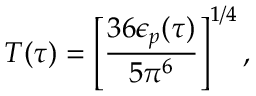
T ( \tau ) = \left[ { \frac { 3 6 \epsilon _ { p } ( \tau ) } { 5 \pi ^ { 6 } } } \right] ^ { 1 / 4 } ,